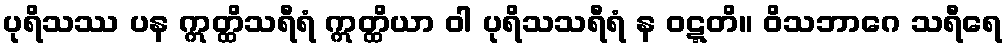
ပုရိသဿ ပန ဣတ္ထိသရီရံ ဣတ္ထိယာ ဝါ ပုရိသသရီရံ န ဝဋ္ဋတိ။ ဝိသဘာဂေ သရီရေ